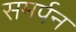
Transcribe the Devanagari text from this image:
समर्पन